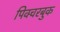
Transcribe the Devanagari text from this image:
पिक्चरबुक